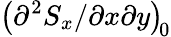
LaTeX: \left({\partial^{2}S_{x}}/{\partial x\partial y}\right)_{\! 0}